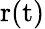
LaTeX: \mathrm{r(t)}